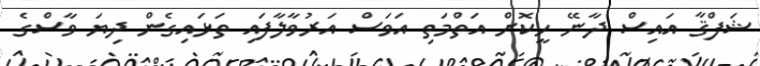
ޝަފްޤާ އައިސް ދާނޭ ހީކޮށް އަތްމަތި އަވަސް އަރުވާލާފައި ތަޅައިގެން ދިޔަ ވާސްގެ